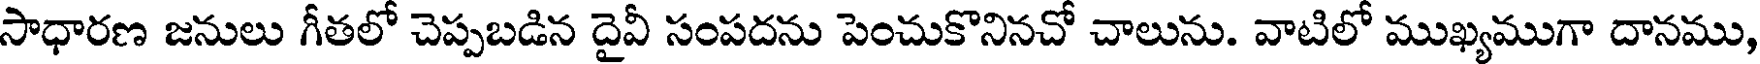
సాధారణ జనులు గీతలో చెప్పబడిన దైవీ సంపదను పెంచుకొనినచో చాలును. వాటిలో ముఖ్యముగా దానము,